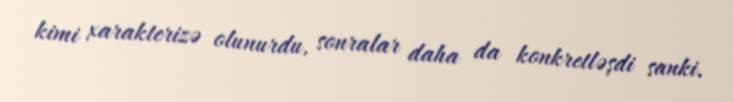
kimi xarakterizə olunurdu, sonralar daha da konkretləşdi sanki.